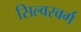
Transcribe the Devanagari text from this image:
सिल्वरबर्ग